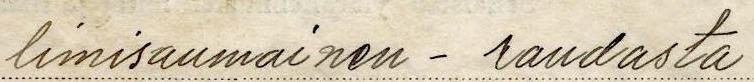
limisaumainen - raudasta